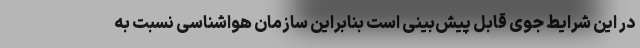
در این شرایط جوی قابل پیش‌بینی است بنابراین سازمان هواشناسی نسبت به